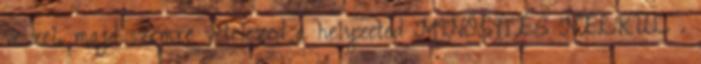
veszel, majd szemre vételezed a helyzeted MINŐSÍTÉS NÉLKÜL .